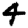
Digit: 4